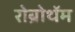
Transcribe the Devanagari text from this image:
रोब्रोथॅम